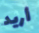
أريد